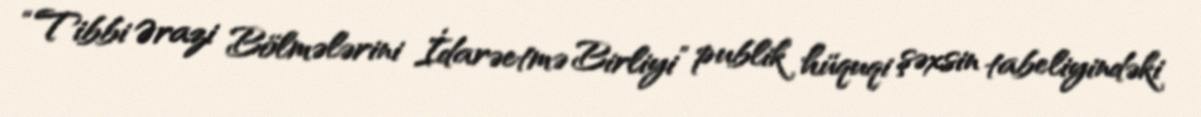
“Tibbi Ərazi Bölmələrini İdarəetmə Birliyi” publik hüquqi şəxsin tabeliyindəki